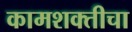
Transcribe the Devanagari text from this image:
कामशक्तीचा